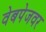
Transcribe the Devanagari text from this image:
वेबपेजवर